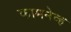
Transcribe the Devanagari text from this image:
कामनेव्ह